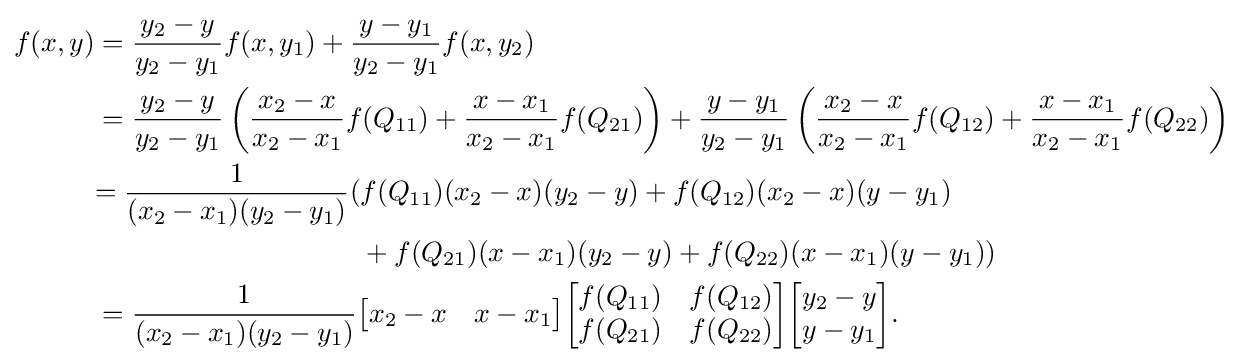
{\begin{aligned}f(x,y)&={\frac {y_{2}-y}{y_{2}-y_{1}}}f(x,y_{1})+{\frac {y-y_{1}}{y_{2}-y_{1}}}f(x,y_{2})\\&={\frac {y_{2}-y}{y_{2}-y_{1}}}\left({\frac {x_{2}-x}{x_{2}-x_{1}}}f(Q_{11})+{\frac {x-x_{1}}{x_{2}-x_{1}}}f(Q_{21})\right)+{\frac {y-y_{1}}{y_{2}-y_{1}}}\left({\frac {x_{2}-x}{x_{2}-x_{1}}}f(Q_{12})+{\frac {x-x_{1}}{x_{2}-x_{1}}}f(Q_{22})\right)\\&{\begin{aligned}={\frac {1}{(x_{2}-x_{1})(y_{2}-y_{1})}}(&f(Q_{11})(x_{2}-x)(y_{2}-y)+f(Q_{12})(x_{2}-x)(y-y_{1})\\&+f(Q_{21})(x-x_{1})(y_{2}-y)+f(Q_{22})(x-x_{1})(y-y_{1}))\end{aligned}}\\&={\frac {1}{(x_{2}-x_{1})(y_{2}-y_{1})}}{\begin{bmatrix}x_{2}-x&x-x_{1}\end{bmatrix}}{\begin{bmatrix}f(Q_{11})&f(Q_{12})\\f(Q_{21})&f(Q_{22})\end{bmatrix}}{\begin{bmatrix}y_{2}-y\\y-y_{1}\end{bmatrix}}.\end{aligned}}